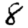
Digit: 8